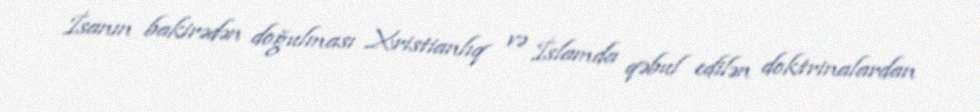
İsanın bakirədən doğulması Xristianlıq və İslamda qəbul edilən doktrinalardan